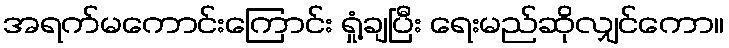
အရက်မကောင်းကြောင်း ရှုံ့ချပြီး ရေးမည်ဆိုလျှင်ကော။